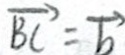
\overrightarrow { B C } = \overrightarrow { b }